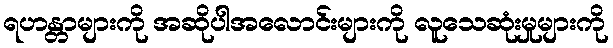
ရဟန္တာများကို အဆိုပါအလောင်းများကို လူသေဆုံးမှုများကို